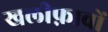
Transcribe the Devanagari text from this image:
खलीफ़ावों